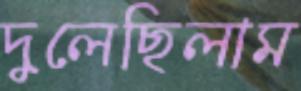
দুলেছিলাম